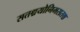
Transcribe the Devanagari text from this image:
सतश्चयोनिमसतश्च